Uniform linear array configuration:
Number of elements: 12
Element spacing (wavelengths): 0.25
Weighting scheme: exponential
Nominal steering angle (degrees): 60
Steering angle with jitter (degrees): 60.912
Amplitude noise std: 0.05
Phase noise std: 0.05

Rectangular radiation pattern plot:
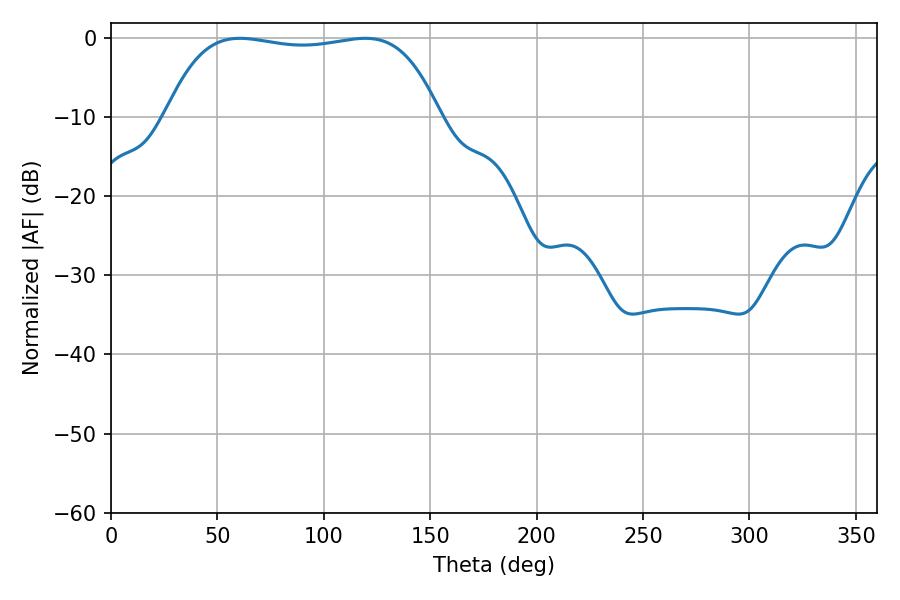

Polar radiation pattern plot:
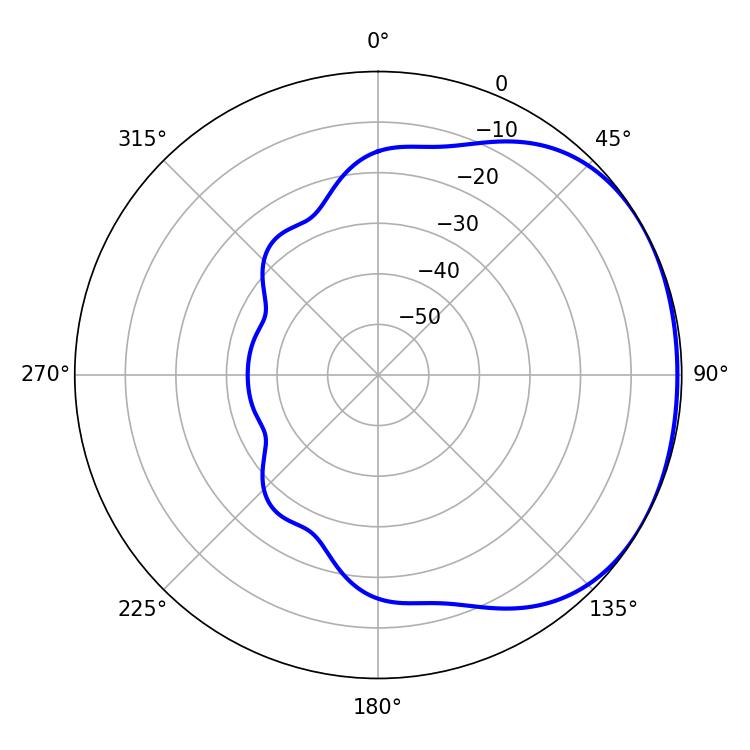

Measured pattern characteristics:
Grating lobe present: FALSE
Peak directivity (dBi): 1.389
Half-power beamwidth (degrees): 102.24
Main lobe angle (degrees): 60.48